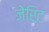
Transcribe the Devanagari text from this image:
जेरिट